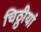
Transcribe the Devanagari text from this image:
चिठ्ठीयां